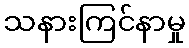
သနားကြင်နာမှု